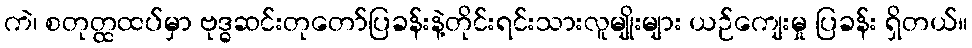
ကဲ၊ စတုတ္ထထပ်မှာ ဗုဒ္ဓဆင်းတုတော်ပြခန်းနဲ့တိုင်းရင်းသားလူမျိုးများ ယဉ်ကျေးမှု ပြခန်း ရှိတယ်။